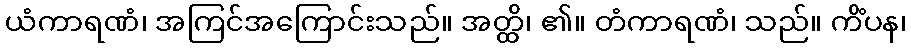
ယံကာရဏံ၊ အကြင်အကြောင်းသည်။ အတ္ထိ၊ ၏။ တံကာရဏံ၊ သည်။ ကိံပန၊